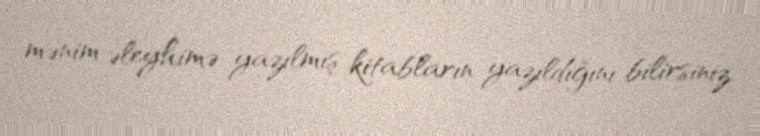
mənim əleyhimə yazılmış kitabların yazıldığını bilirsiniz.